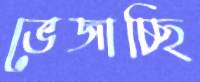
ভেজাচ্ছি